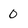
Character: 0